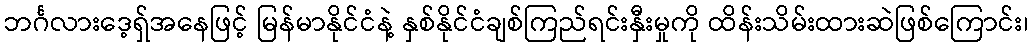
ဘင်္ဂလားဒေ့ရှ်အနေဖြင့် မြန်မာနိုင်ငံနဲ့ နှစ်နိုင်ငံချစ်ကြည်ရင်းနှီးမှုကို ထိန်းသိမ်းထားဆဲဖြစ်ကြောင်း၊